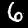
Label: 6